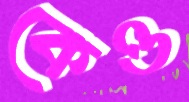
কেও